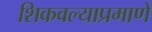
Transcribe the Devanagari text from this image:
शिकवल्याप्रमाणे